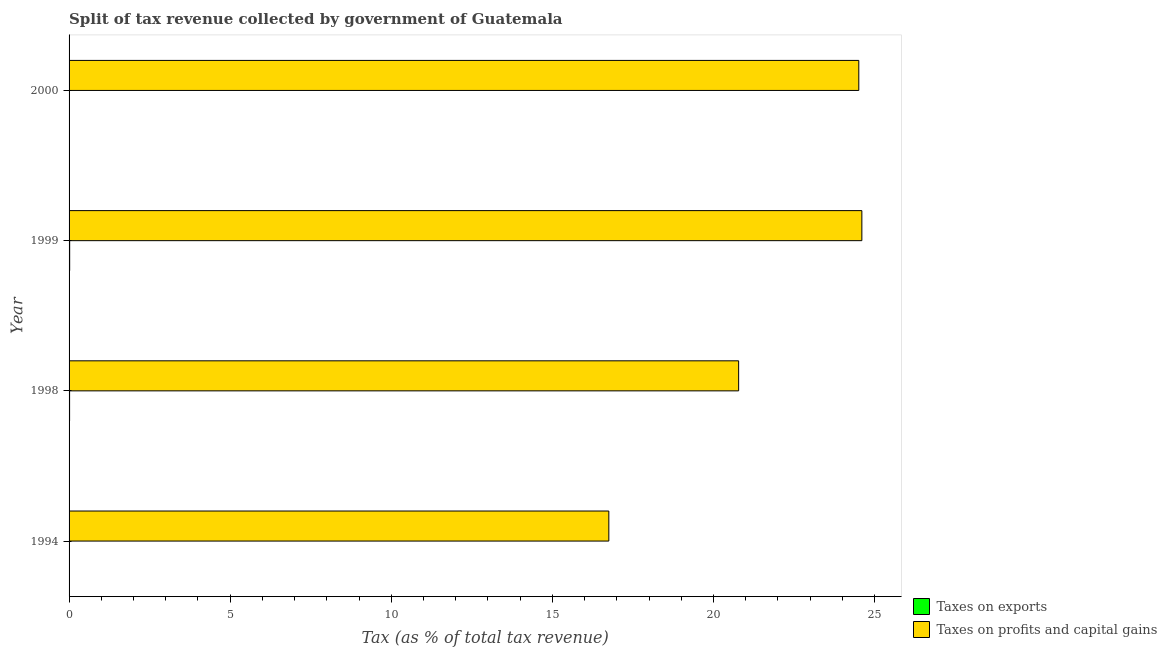
| Year | Taxes on exports | Taxes on profits and capital gains |
 | --- | --- | --- |
 | 1994 | 0.000198 | 16.8 |
 | 1998 | 0.0164 | 20.8 |
 | 1999 | 0.0188 | 24.6 |
 | 2000 | 0.00989 | 24.5 |